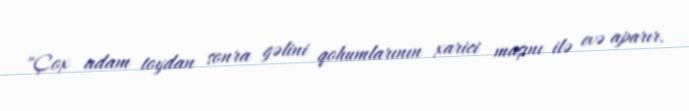
"Çox adam toydan sonra gəlini qohumlarının xarici maşını ilə evə aparır.